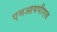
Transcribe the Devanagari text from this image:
एमआयपीएस